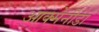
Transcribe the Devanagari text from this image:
आक्मेनीडा